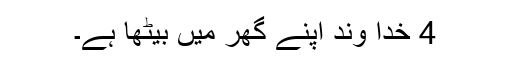
4 خدا وند اپنے گھر میں بیٹھا ہے۔